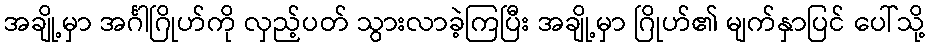
အချို့မှာ အင်္ဂါဂြိုဟ်ကို လှည့်ပတ် သွားလာခဲ့ကြပြီး အချို့မှာ ဂြိုဟ်၏ မျက်နှာပြင် ပေါ်သို့